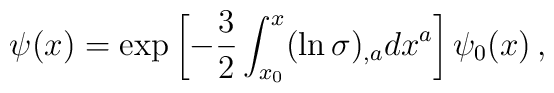
\psi(x)=\exp\left[-\frac{3}{2}\int_{x_0}^{x}(\ln\sigma)_{,a}dx^a\right]\psi_0(x)\,{,}